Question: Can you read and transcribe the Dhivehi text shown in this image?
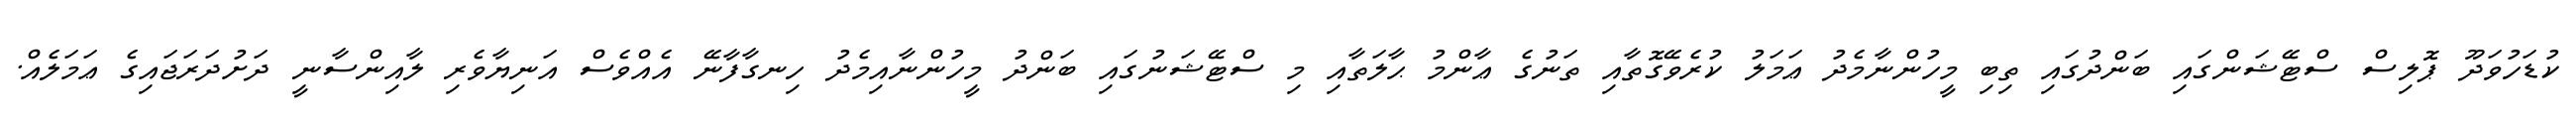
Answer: ކުޑަހުވަދޫ ޕޮލިސް ސްޓޭޝަންގައި ބަންދުގައި ތިބި މީހުންނާމެދު ޢަމަލު ކުރެވޭގޮތާއި ތަނުގެ ޢާންމު ޙާލަތާއި މި ސްޓޭޝަނުގައި ބަންދު މީހުންނާއިމެދު ހިނގާފާނޭ އެއްވެސް އަނިޔާވެރި ލާއިންސާނީ ދަށުދަރަޖައިގެ ޢަމަލެއް.